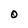
Character: O